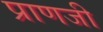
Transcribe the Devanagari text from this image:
प्राणजी